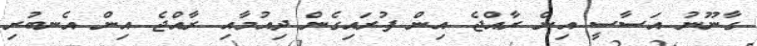
ގާނޫނު އަސާސީ އިން ރާއްޖެ އިން ފުރައިގެން ދިއުމާއި ރާއްޖެ އިން އެނބުރި